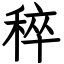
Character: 稡